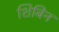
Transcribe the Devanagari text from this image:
शिबिन